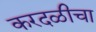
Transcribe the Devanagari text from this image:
करदळीचा